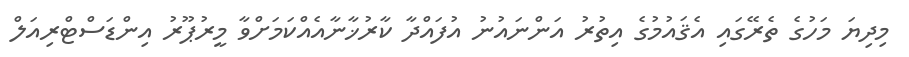
މިދިޔަ މަހުގެ ތެރޭގައި އެޤައުމުގެ އިތުރު އަންނައުނު އުފައްދާ ކާރުޚާނާއެއްކަމަށްވާ މީރުޕޫރު އިންޑަސްޓްރިއަލް